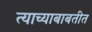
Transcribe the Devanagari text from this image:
त्याच्याबाबतीत